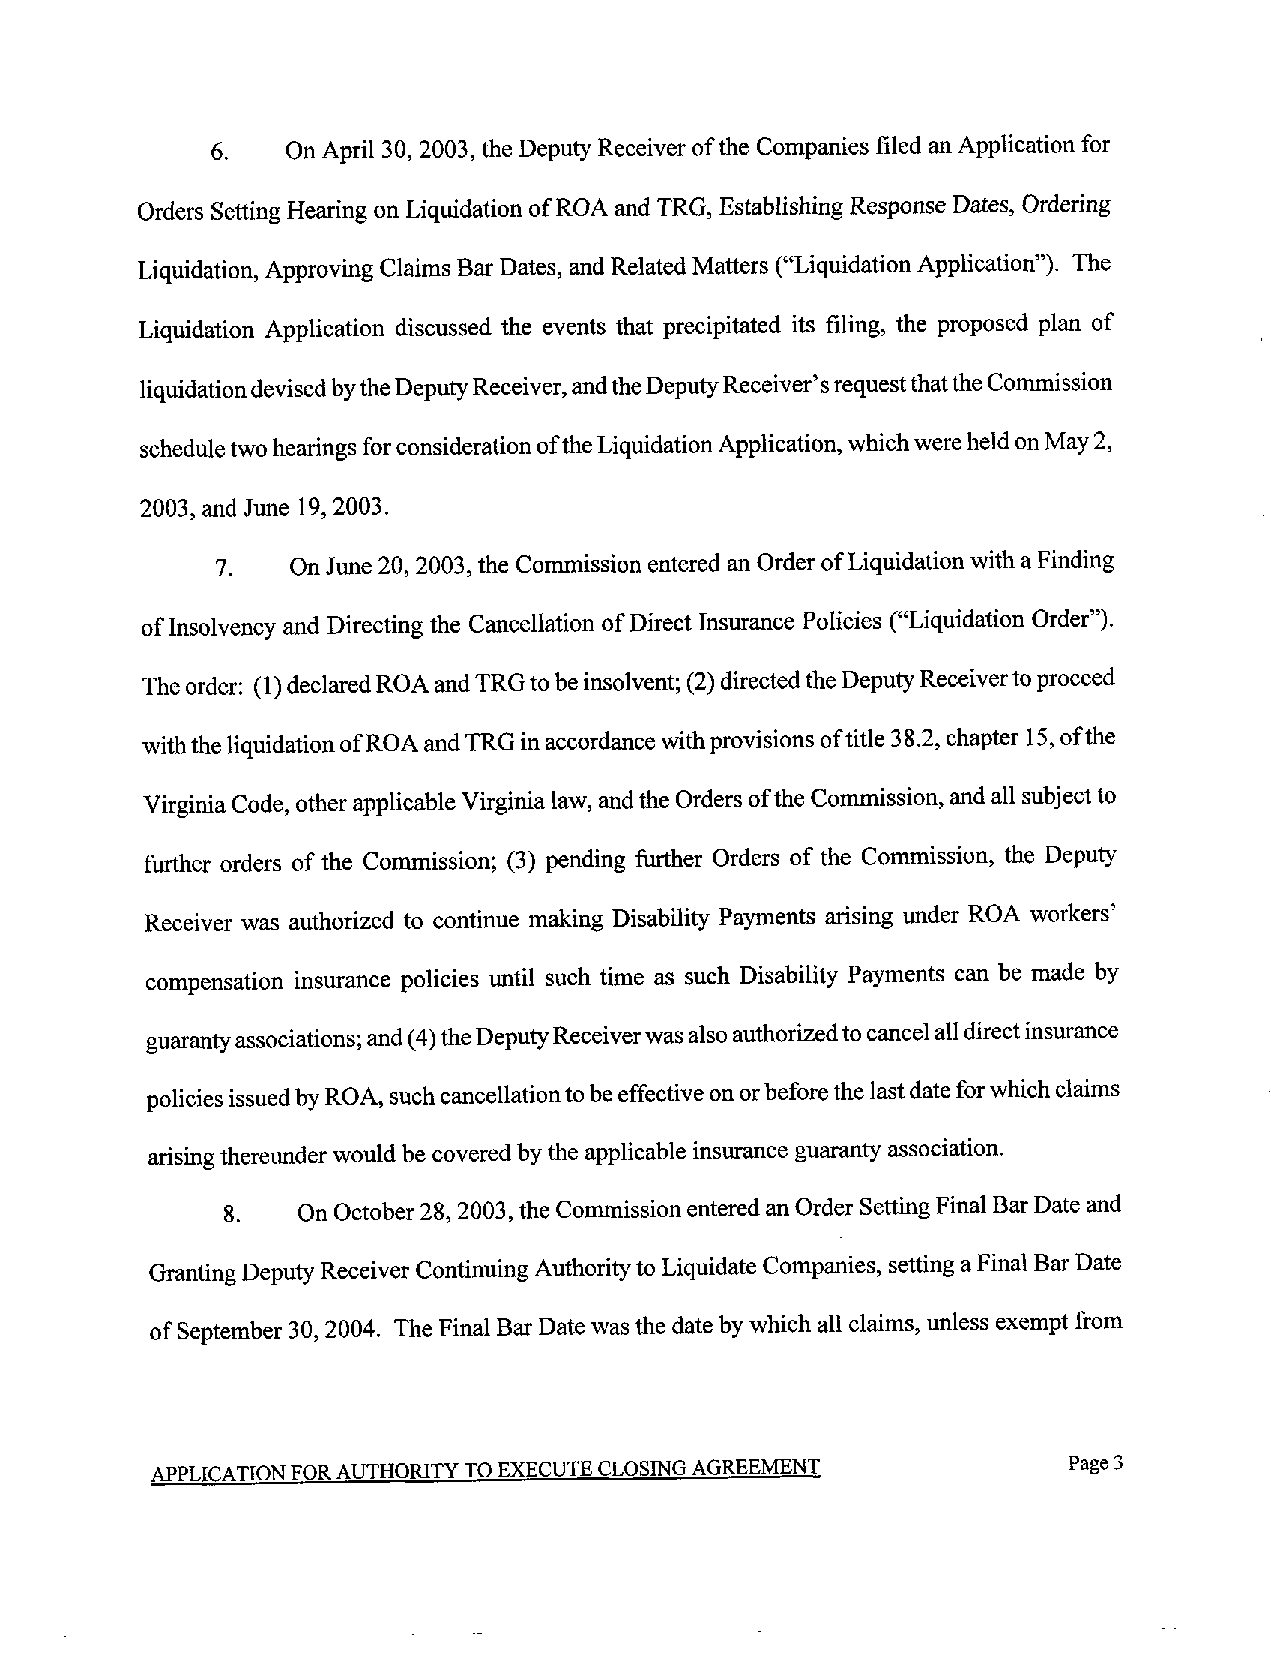
6.   On April 30, 2003, the Deputy Receiver of the Companies filed an Application for
 Orders Setting Hearing on Liquidation of ROA and TRG, Establishing Response Dates, Ordering
 Liquidation, Approving Claims Bar Dates, and Related Matters C'Liquidation Application"). The
 Liquidation Application discussed the events that precipitated its filing, the proposed plan of
 liquidation devised bythe Deputy Receiver, and the Deputy Receiver's request thatthe Commission
 schedule two hearings for consideration of the Liquidation Application, which were held on May 2,
 2003, and June 19, 2003.
 7.   On June 20, 2003, the Commission entered an Order of Liquidation with a Finding
 of Insolvency and Directing the Cancellation of Direct Insurance Policies C'Liquidation Order").
 The order: (1) declared ROA and TRG to be insolvent; (2) directed the Deputy Receiver to proceed
 with the liquidation of ROA and TRG in accordance with provisions of title 3 8.2, chapter 15, of the
 Virginia Code, other applicable Virginia law, and the Orders of the Commission, and all subject to
 further orders of the Commission; (3) pending further Orders of the Commission, the Deputy
 Receiver was authorized to continue making Disability Payments arising under ROA workers'
 compensation insurance policies until such time as such Disability Payments can be made by
 guaranty associations; and (4) the Deputy Receiver was also authorized to cancel all direct insurance
 policies issued by ROA, such cancellation to be effective on or before the last date for which claims
 arising thereunder would be covered by the applicable insurance guaranty association.
 8.   On October 28, 2003, the Commission entered an Order Setting Final Bar Date and
 Granting Deputy Receiver Continuing Authority to Liquidate Companies, setting a Final Bar Date
 of September 30, 2004. The Final Bar Date was the date by which all claims, unless exempt from
 APPLICATION FOR AUTHORITY TO EXECUTE CLOSING AGREEMENT       Page 3